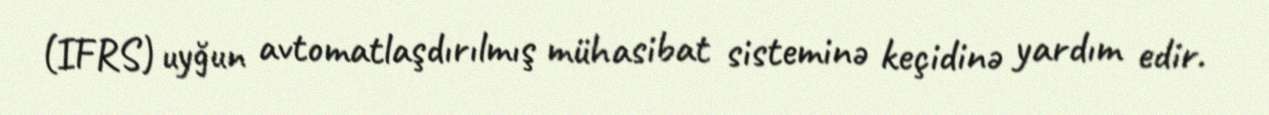
(IFRS) uyğun avtomatlaşdırılmış mühasibat sisteminə keçidinə yardım edir.